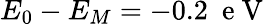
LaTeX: E_{0}-E_{M}=-0.2~\mathrm{~e~V~}